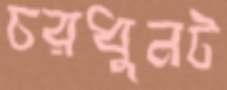
চরধুনট